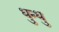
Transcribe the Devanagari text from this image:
धुन्धु